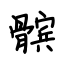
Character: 髌